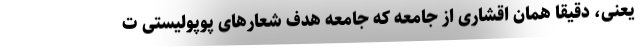
یعنی، دقیقا همان اقشاری از جامعه که جامعه هدف شعارهای پوپولیستی ت